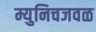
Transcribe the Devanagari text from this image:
म्युनिचजवळ